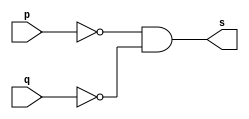
// --------------------- 
// Exemplo0010 - NOR 
// Nome: Rafael Tadeu Cmapos de Medeiros 
// --------------------- 
// --------------------- 
// -- nor gate 
// --------------------- 
module norgate (output s, 
input  p, q); 
assign s = (~p)&(~q) ; 
endmodule // norgate
// --------------------- 
// -- test nor gate 
// --------------------- 
module testnorgate; 
// ------------------------- dados locais 
reg  a,b; // definir registrador 
wire s; // definir conexao (fio) 
// ------------------------- instancia 
norgate NOR1 (s, a, b); 
// ------------------------- preparacao 
initial begin:start 
a=0; b=0;

end 
// ------------------------- parte principal 
initial begin:main 
$display("Exemplo0010 - Rafael Tadeu - 451609"); 
$display("Test NOR gate"); 
$display("\n ~a & ~b = s\n"); 
$monitor("%b & %b = %b", a, b, s); 
#1 a=0; b=0;  
#1 a=0; b=1;
#1 a=1; b=0;
#1 a=1; b=1;
end 
endmodule // testnorgate 

//Exemplo0010 - Rafael Tadeu - 451609
    //Test NOR gate
    //
     //~a & ~b = s
    //
    //0 & 0 = 1
    //0 & 1 = 0
    //1 & 0 = 0
    //1 & 1 = 0